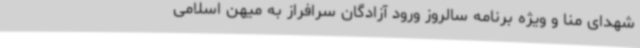
شهدای منا و ویژه برنامه سالروز ورود آزادگان سرافراز به میهن اسلامی